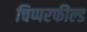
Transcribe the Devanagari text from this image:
चिप्परफील्ड